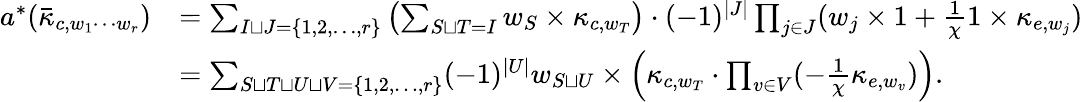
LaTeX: \begin{array}{rl}{a^{*}(\bar{\kappa}_{c,w_{1}\cdots w_{r}})}&{=\sum_{I\sqcup J=\{ 1,2,\ldots,r\} }\left(\sum_{S\sqcup T=I}w_{S}\times\kappa_{c,w_{T}}\right)\cdot(-1)^{|J|}\prod_{j\in J}(w_{j}\times 1+\frac{1}{\chi}1\times\kappa_{e,w_{j}})}\\ &{=\sum_{S\sqcup T\sqcup U\sqcup V=\{ 1,2,\ldots,r\} }(-1)^{|U|}w_{S\sqcup U}\times\left(\kappa_{c,w_{T}}\cdot\prod_{v\in V}(-\frac{1}{\chi}\kappa_{e,w_{v}})\right).}\end{array}